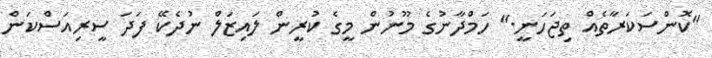
"ކޮންސަކަރާތެއް ތިޖަހަނީ." ހަމްދާނުގެ މޫނުން މީގެ ކުރީން ލައިޒަލް ނުދެކޭ ފަދަ ސީރިއަސްކަން